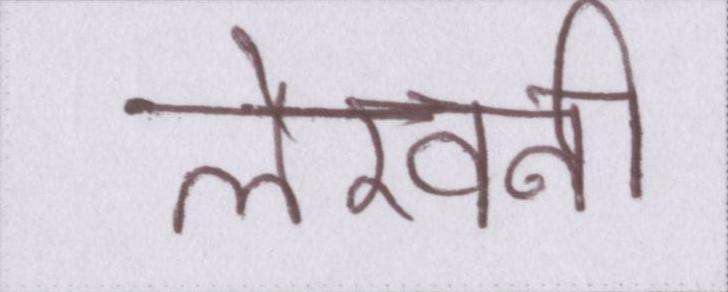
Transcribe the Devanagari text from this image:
लेखनी